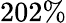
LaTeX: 202\%